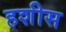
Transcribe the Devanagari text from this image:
हशीस